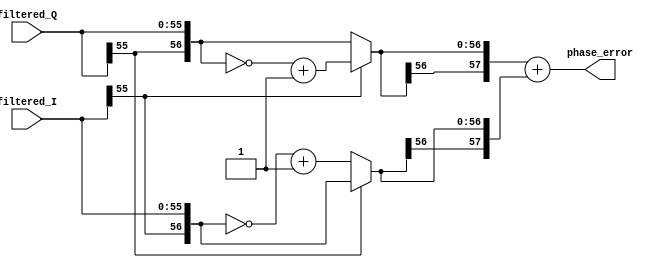
`timescale 1ns / 1ps
//////////////////////////////////////////////////////////////////////////////////
// Design Name: 
// Module Name: phase_detector
// Description: 
// 
//////////////////////////////////////////////////////////////////////////////////

module phase_detector(
        input wire  [55:0]  filtered_I  , //I
        input wire  [55:0]  filtered_Q  , //Q
        
        output wire [57:0]  phase_error   //
    );
    
    //n()(-2^(n-1)-2^(n)), 0, 
    //:3bit3'b011 = 3'd3, 3'b100 = -(3'd4), -4
    //, 1bit, 4bit-4
    wire [56:0] ext_I       ;   //filtered_I1bit
    wire [56:0] ext_Q       ;   //filtered_Q1bit
    
    
    wire [56:0] inversed_I  ;   //I
    wire [56:0] inversed_Q  ;   //Q
    
    //
    reg [56:0]  channel_I   ;   
    reg [56:0]  channel_Q   ;
    
    assign ext_I = {filtered_I[55], filtered_I};
    assign ext_Q = {filtered_Q[55], filtered_Q};
    
    assign inversed_I = ~ext_I + 'd1;  
    assign inversed_Q = ~ext_Q + 'd1;
    
    //channel_Q
    always @ (*) begin
        if(filtered_I[55]) begin  //
            channel_Q = inversed_Q;
        end else begin
            channel_Q = ext_Q;
        end
    end
    
    //channel_I
    //Q
    always @ (*) begin
        if(filtered_Q[55]) begin  //
            channel_I = ext_I;
        end else begin
            channel_I = inversed_I;
        end
    end
    
    assign phase_error = {channel_Q[56],channel_Q} + {channel_I[56],channel_I};
    
endmodule